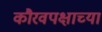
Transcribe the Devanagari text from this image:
कौरवपक्षाच्या